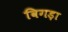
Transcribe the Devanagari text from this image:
विगड़ा